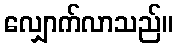
လျှောက်လာသည်။